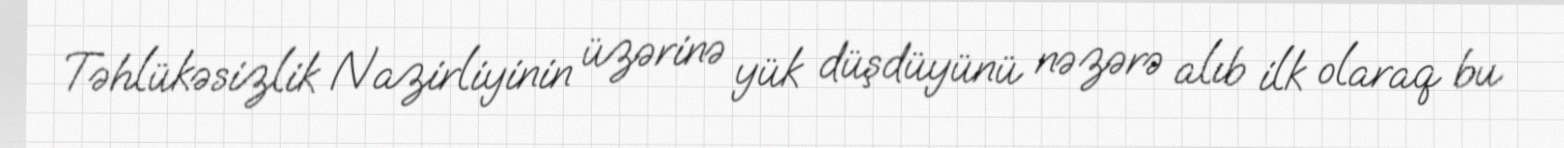
Təhlükəsizlik Nazirliyinin üzərinə yük düşdüyünü nəzərə alıb ilk olaraq bu